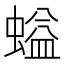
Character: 螠